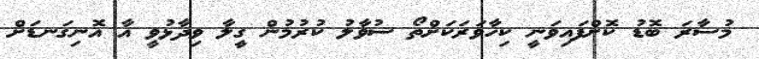
މުސާރަ ބޮޑު ކޮށްފައިވަނީ ކިހާވަރަކަށްތޯ ސުވާލު ކުރުމުން ގީލާ ވިދާޅުވީ އާ އޮނިގަނޑަށް